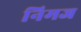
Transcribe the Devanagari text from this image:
निमज